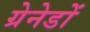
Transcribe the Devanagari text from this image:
ग्रेनेडों